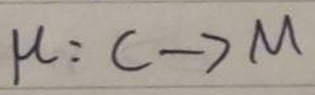
$\mu : C \to M$